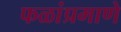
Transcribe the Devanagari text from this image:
फळांप्रमाणे